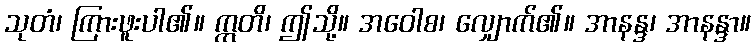
သုတံ၊ ကြားဖူးပါ၏။ ဣတိ၊ ဤသို့။ အဝေါစ၊ လျှောက်၏။ အာနန္ဒ၊ အာနန္ဒာ။